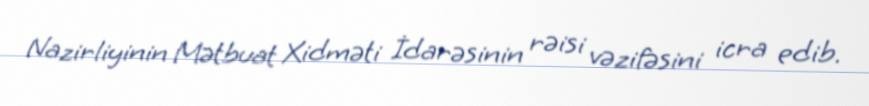
Nazirliyinin Mətbuat Xidməti İdarəsinin rəisi vəzifəsini icra edib.